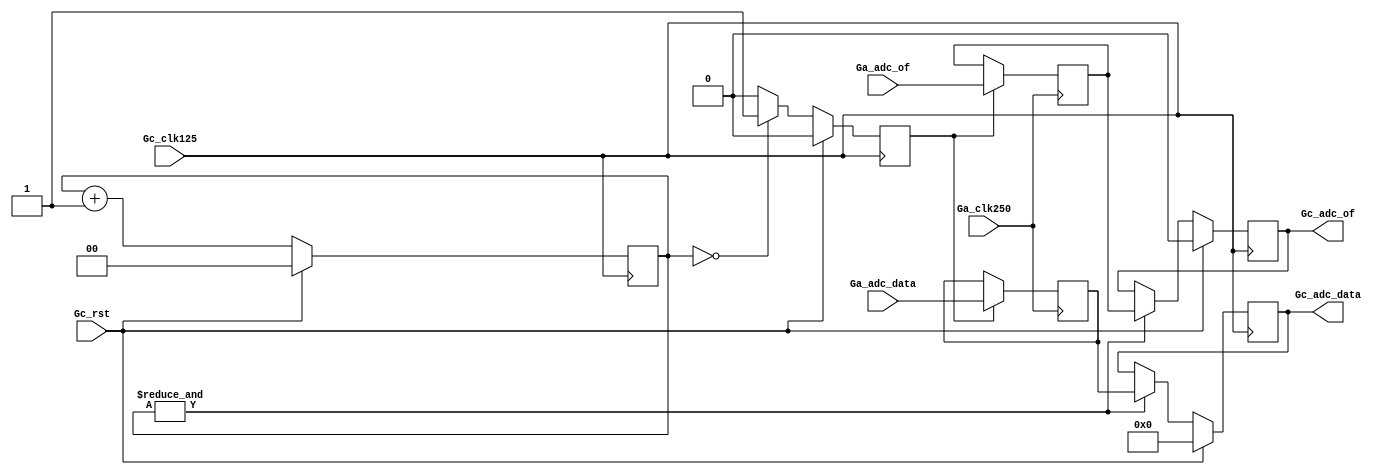
`timescale 1ns / 1ps
//////////////////////////////////////////////////////////////////////////////////
// Company:
// Engineer:
//
// Design Name:
// Module Name: Tla_single_250
// Project Name:
// Target Devices:
// Tool Versions:
// Description:
//
// Dependencies:
//
// Revision:
// Revision 0.01 - File Created
// Additional Comments:
//
//////////////////////////////////////////////////////////////////////////////////


module Tla_single_250
#(
parameter TOP0_0  = 3         ,
          TOP0_1  = 7         ,
          TOP0_2  = 2         ,
          TOP0_3  = 12        ,
          TOP0_4  = 4         ,
          ADC0_0  = TOP0_1*2  ,
          ADC0_1  = ADC0_0*4  ,
          LDD0_0  = 32        ,
          CAP0_0  = 4         ,
          CAP0_1  = 2
)(
input                    Gc_clk125        ,
input                    Gc_rst           ,
output                   Gc_adc_of        ,
output    [ADC0_0-1:0]   Gc_adc_data      ,
input                    Ga_clk250        ,
input                    Ga_adc_of        ,
input     [ADC0_0-1:0]   Ga_adc_data
    );

reg                t_Gc_adc_of      =0;
reg [ADC0_0-1:0]   t_Gc_adc_data    =0;
reg                t_Ga_adc_of      =0;
reg [ADC0_0-1:0]   t_Ga_adc_data    =0;

reg      Gc_req    =0;
reg[1:0] Gc_req_cnt=0;
always@(posedge Gc_clk125)begin
	if(Gc_rst)begin
		Gc_req     <= 0;
		Gc_req_cnt <= 0;
	end else begin
		if(Gc_req_cnt==0)begin
			Gc_req <= 1;
		end else begin
			Gc_req <= 0;
		end
		Gc_req_cnt <= Gc_req_cnt + 1;
	end
end

always@(posedge Gc_clk125)begin
	if(Gc_rst)begin
		t_Gc_adc_of   <= 0;
		t_Gc_adc_data <= 0;
	end else begin
		if(&Gc_req_cnt)begin
			t_Gc_adc_of   <= t_Ga_adc_of  ;
			t_Gc_adc_data <= t_Ga_adc_data;
		end
	end
end

always@(posedge Ga_clk250)begin
	if(Gc_req)begin
		t_Ga_adc_of   <= Ga_adc_of   ;
		t_Ga_adc_data <= Ga_adc_data ;
	end
end

assign Gc_adc_of   = t_Gc_adc_of   ;
assign Gc_adc_data = t_Gc_adc_data ;

endmodule